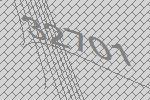
32701